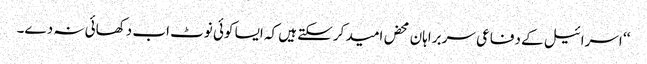
‘‘ اسرائیل کے دفاعی سربراہان محض امید کرسکتے ہیں کہ ایسا کوئی نوٹ اب دکھائی نہ دے۔